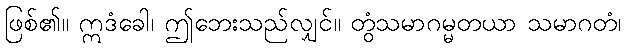
ဖြစ်၏။ ဣဒံခေါ၊ ဤဘေးသည်လျှင်။ တွံသမာဂမ္မတယာ သမာဂတံ၊